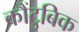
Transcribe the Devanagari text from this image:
कौंटुबिक